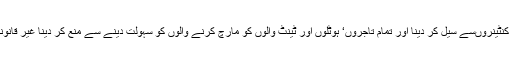
راولپنڈی اور اسلام آباد کے کنٹینروںسے سیل کر دینا اور تمام تاجروں‘ ہوٹلوں اور ٹینٹ والوں کو مارچ کرنے والوں کو سہولت دینے سے منع کر دینا غیر قانونی ہی نہیں احمقانہ بھی ہے۔